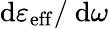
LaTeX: \mathrm{d}\varepsilon_{\mathrm{eff}}/\ \mathrm{d}\omega